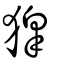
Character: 獔